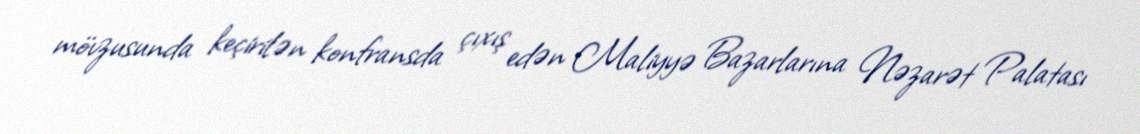
mövzusunda keçirilən konfransda çıxış edən Maliyyə Bazarlarına Nəzarət Palatası